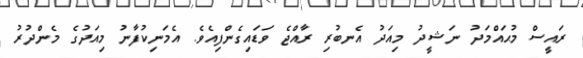
ރައީސް މުޙައްމަދު ނަޝީދު މިއަދު އެނބުރި ރާއްޖެ ވަޑައިގެންފިއެވެ. އެމަނިކުފާނު މިއަދުގެ މެންދުރު